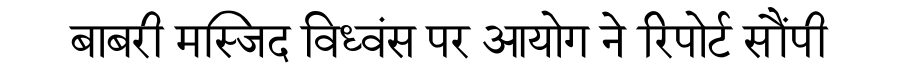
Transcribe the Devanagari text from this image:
बाबरी मस्जिद विध्वंस पर आयोग ने रिपोर्ट सौंपी